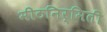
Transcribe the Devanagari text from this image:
मीठनिर्मिती